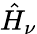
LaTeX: \hat{H}_{\nu}